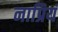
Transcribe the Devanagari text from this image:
नाप्रियं